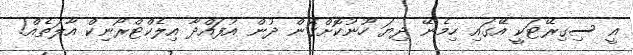
އީ ސިގިރޭޓަކީ އޭގައި ހިމެނޭ ދިޔަ ހޫނުކޮށްގެން ދުން އުފައްދާ އިލެކްޓްރޯނިކް އާލަތެއް!